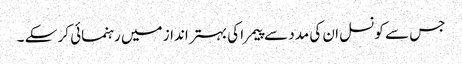
جس سے کونسل ان کی مدد سے پیمرا کی بہتر انداز میں رہنمائی کر سکے ۔